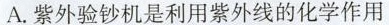
A.紫外验钞机是利用紫外线的化学作用